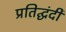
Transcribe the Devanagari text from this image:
प्रतिद्घंदी